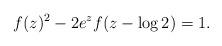
LaTeX: \begin{align*} f(z)^2-2e^zf(z-\log 2)=1. \end{align*}